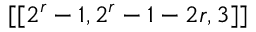
[ [ 2 ^ { r } - 1 , 2 ^ { r } - 1 - 2 r , 3 ] ]